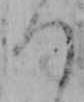
つ